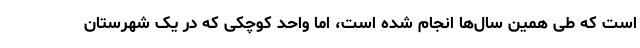
است که طی همین سال‌ها انجام شده است، اما واحد کوچکی که در یک شهرستان